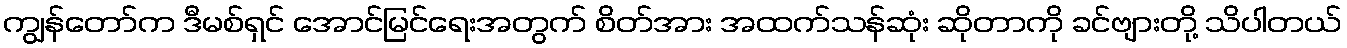
ကျွန်တော်က ဒီမစ်ရှင် အောင်မြင်ရေးအတွက် စိတ်အား အထက်သန်ဆုံး ဆိုတာကို ခင်ဗျားတို့ သိပါတယ်